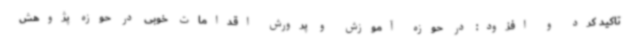
تاکید کرد و افزود: در حوزه آموزش و پرورش اقدامات خوبی در حوزه پژوهش